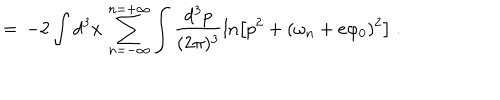
LaTeX: = \, - 2 \int d ^ { 3 } x \, \sum _ { n = - \infty } ^ { n = + \infty } \int \frac { d ^ { 3 } p } { ( 2 \pi ) ^ { 3 } } \ln \left[ p ^ { 2 } + ( \omega _ { n } + e \varphi _ { 0 } ) ^ { 2 } \right] \; .